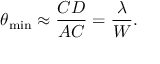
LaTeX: \theta _ { \mathrm { m i n } } \approx { \frac { C D } { A C } } = { \frac { \lambda } { W } } .